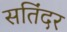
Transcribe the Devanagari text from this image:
सतिंदर